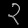
Digit: ၃